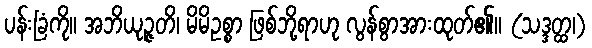
ပန်းခြံကို။ အဘိယုဉ္ဇတိ၊ မိမိဥစ္စာ ဖြစ်ဘို့ရာဟု လွန်စွာအားထုတ်၏။ (သဒ္ဒတ္ထ၊)